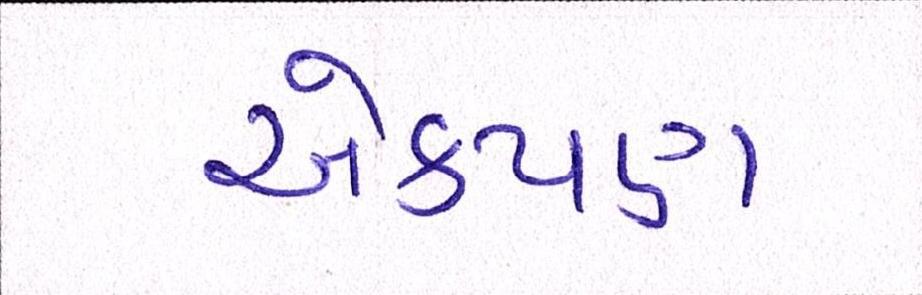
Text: એકપણ